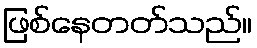
ဖြစ်နေတတ်သည်။